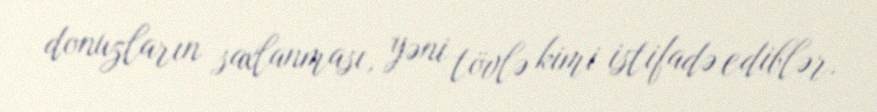
donuzların saxlanması, yəni tövlə kimi istifadə ediblər.